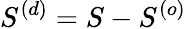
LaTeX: S^{(d)}=S-S^{(o)}